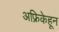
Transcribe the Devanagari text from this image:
अफ्रिकेहून